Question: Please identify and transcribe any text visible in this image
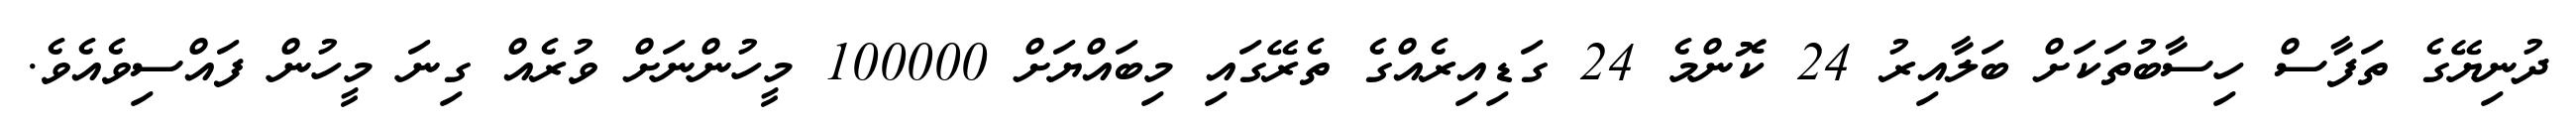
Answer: ދުނިޔޭގެ ތަފާސް ހިސާބުތަކަށް ބަލާއިރު 24 ކޮންމެ 24 ގަޑިއިރެއްގެ ތެރޭގައި މިބައްޔަށް 100000 މީހުންނަށް ވުރެއް ގިނަ މީހުން ފައްސިވެއެވެ.